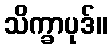
သိက္ခာပုဒ်။